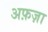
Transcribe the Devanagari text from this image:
अफ़ज़ा